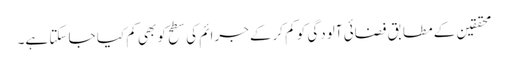
محققین کے مطابق فضائی آلودگی کو کم کرکے جرائم کی سطح کو بھی کم کیا جا سکتا ہے۔